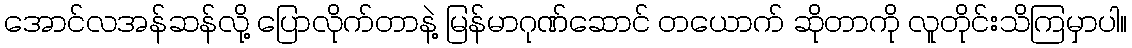
အောင်လအန်ဆန်လို့ ပြောလိုက်တာနဲ့ မြန်မာဂုဏ်ဆောင် တယောက် ဆိုတာကို လူတိုင်းသိကြမှာပါ။